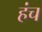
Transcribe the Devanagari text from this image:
हंच